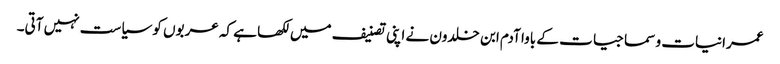
عمرانیات و سماجیات کے باوا آدم ابن خلدون نے اپنی تصنیف میں لکھا ہے کہ عربوں کو سیاست نہیں آتی۔